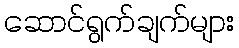
ဆောင်ရွက်ချက်များ